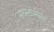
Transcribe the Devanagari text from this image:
सब्स्टान्सेस